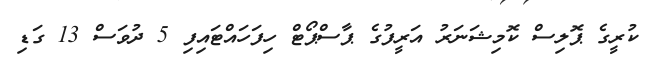
ކުރީގެ ޕޮލިސް ކޮމިޝަނަރު އަރީފުގެ ޕާސްޕޯޓް ހިފަހައްޓައިފި 5 ދުވަސް 13 ގަޑި